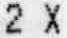
2 X